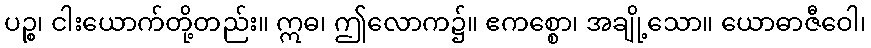
ပဉ္စ၊ ငါးယောက်တို့တည်း။ ဣဓ၊ ဤလောက၌။ ဧကစ္စော၊ အချို့သော။ ယောဓာဇီဝေါ၊